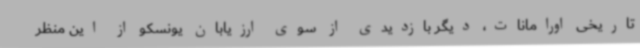
تاریخی اورامانات، دیگر بازدیدی از سوی ارزیابان یونسکو از این منظر